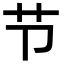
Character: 节